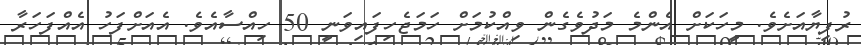
ރުފިޔާއަށެވެ. މީހަކަށް އެންމެ މަދުވެގެން ވިއްކުމަށް ހަމަޖެހިފައިވަނީ 50 ހިއްސާއެވެ. އެއަށްފަހު އެއްފަހަރާ